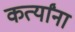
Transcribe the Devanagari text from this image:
कर्त्यांना